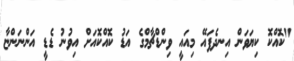
"ކޮއްކޮ ކިޔަވަން އިނދެފައޭ މިއައީ ވިންޑްޗާމްގެ އަޑު ކޮއްކޮއަށް އިވުނު ޑެޑީ އަންނަންޏާ